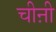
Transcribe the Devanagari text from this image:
चीऩी